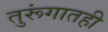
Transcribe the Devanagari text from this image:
तुरूंगातही